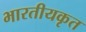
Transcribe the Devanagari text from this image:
भारतीयकृत